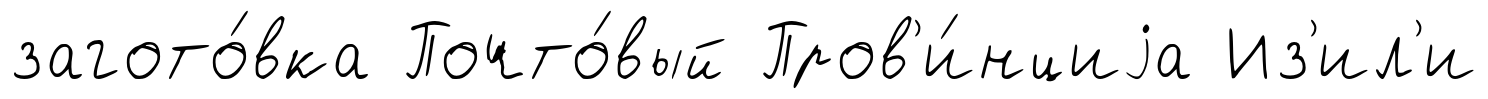
загото́вка Почто́вый Пров'и́нциjа Из'ил'и